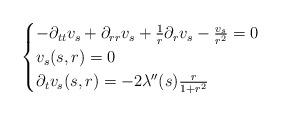
LaTeX: \begin{align*}\begin{cases} -\partial_{tt} v_{s} + \partial_{rr}v_{s} + \frac{1}{r} \partial_{r}v_{s}-\frac{v_{s}}{r^{2}} = 0\\v_{s}(s,r)=0\\\partial_{t}v_{s}(s,r) = -2 \lambda''(s) \frac{r}{1+r^{2}}\end{cases}\end{align*}